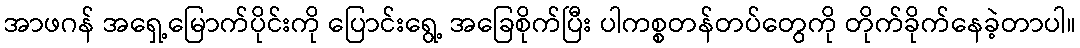
အာဖဂန် အရှေ့မြောက်ပိုင်းကို ပြောင်းရွေ့ အခြေစိုက်ပြီး ပါကစ္စတန်တပ်တွေကို တိုက်ခိုက်နေခဲ့တာပါ။